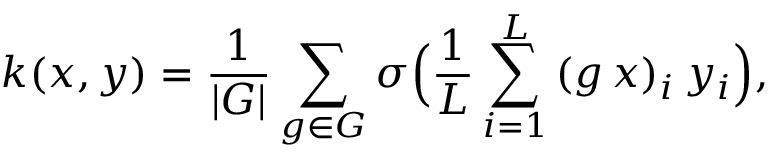
k ( x , y ) = \frac { 1 } { | G | } \sum _ { g \in G } \sigma \Big ( \frac { 1 } { L } \sum _ { i = 1 } ^ { L } { ( g \, x ) _ { i } \, y _ { i } } \Big ) ,